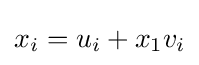
x_{i}=u_{i}+x_{1}v_{i}